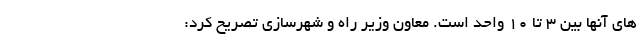
های آنها بین ۳ تا ۱۰ واحد است. معاون وزیر راه و شهرسازی تصریح کرد: